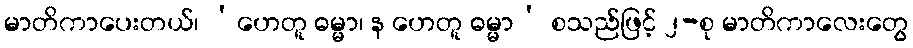
မာတိကာပေးတယ်၊ ‘ဟေတူ ဓမ္မာ၊ န ဟေတူ ဓမ္မာ’ စသည်ဖြင့် ၂-စု မာတိကာလေးတွေ